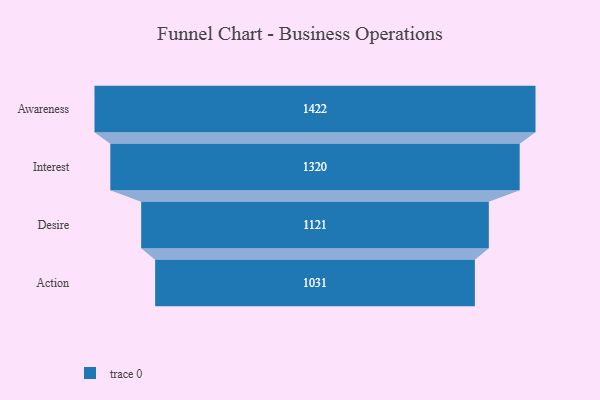
{"axis": {"x": "Stage", "y": "Value"}, "legend": [""], "data": [{"x": "Awareness", "y": 1422.0, "type": ""}, {"x": "Interest", "y": 1320.0, "type": ""}, {"x": "Desire", "y": 1121.0, "type": ""}, {"x": "Action", "y": 1031.0, "type": ""}]}